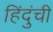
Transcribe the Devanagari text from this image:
हिंदुंची